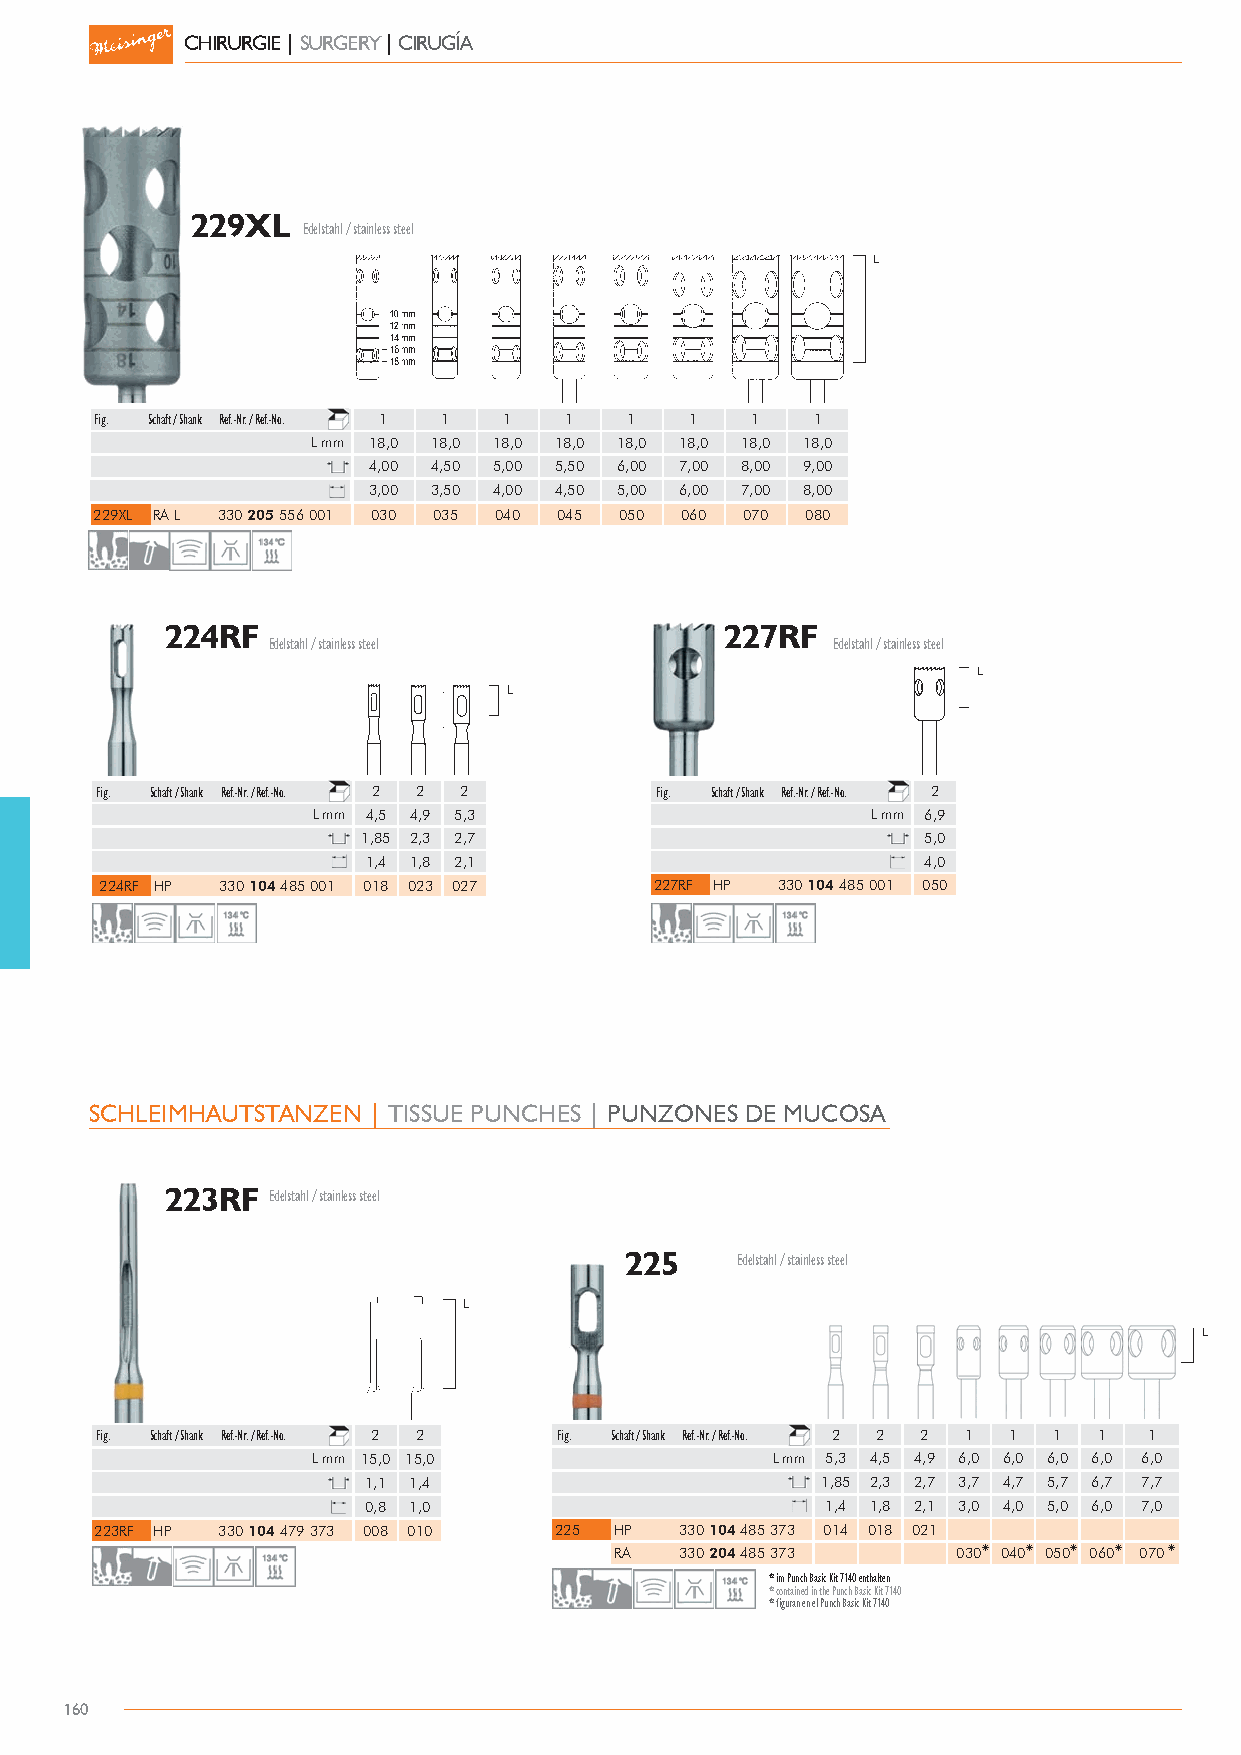
CHIRURGIE | SURGERY | CIRUGÍA
 229XL
 Edelstahl / stainless steel
 Fig. Schaft / Shank Ref.-Nr. / Ref.-No. 1 1 1 1 1 1 1 1
 L mm 18,0 18,0 18,0 18,0 18,0 18,0 18,0 18,0
 4,00 4,50 5,00 5,50 6,00 7,00 8,00 9,00
 3,00 3,50 4,00 4,50 5,00 6,00 7,00 8,00
 229XL RA L 330 205 556 001 003300 003355 004400 004455 005500 006600 007700 008800
 224RF                                227RF
 Edelstahl / stainless steel          Edelstahl / stainless steel
 Fig. Schaft / Shank Ref.-Nr. / Ref.-No. 2 2 2 Fig. Schaft / Shank Ref.-Nr. / Ref.-No. 2
 L mm 4,5 4,9 5,3                     L mm 6,9
 1,85 2,3 2,7                         5,0
 1,4 1,8 2,1                          4,0
 224RF HP 330 104 485 001 001188 002233 002277 227RF HP 330 104 485 001 005500
 SCHLEIMHAUTSTANZEN | TISSUE PUNCHES | PUNZONES DE MUCOSA
 223RF  Edelstahl / stainless steel
 225     Edelstahl / stainless steel
 Fig. Schaft / Shank Ref.-Nr. / Ref.-No. 2 2 Fig. Schaft / Shank Ref.-Nr. / Ref.-No. 2 2 2 1 1 1 1 1
 L mm 15,0 15,0                L mm 5,3 4,5 4,9 6,0 6,0 6,0 6,0 6,0
 1,1 1,4                       1,85 2,3 2,7 3,7 4,7 5,7 6,7 7,7
 0,8 1,0                        1,4 1,8 2,1 3,0 4,0 5,0 6,0 7,0
 223RF HP 330 104 479 373 000088 001100 225 HP 330 104 485 373 001144 001188 002211
 RA  330 204 485 373 014 018 021 003300* 004400* 005500* 006600* 007700*
 * im Punch Basic Kit 7140 enthalten
 * contained in the Punch Basic Kit 7140
 * figuran en el Punch Basic Kit 7140
 160